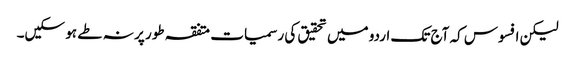
لیکن افسوس کہ آج تک اردو میں تحقیق کی رسمیات متفقہ طور پر نہ طے ہو سکیں۔